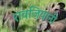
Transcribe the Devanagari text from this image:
रावजियानी